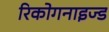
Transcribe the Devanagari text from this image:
रिकोगनाइज्ड